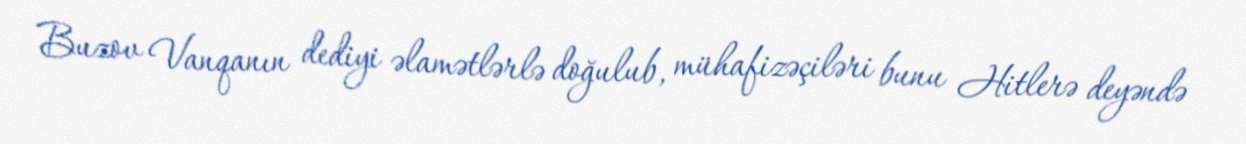
Buzov Vanqanın dediyi əlamətlərlə doğulub, mühafizəçiləri bunu Hitlerə deyəndə